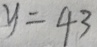
y = 4 3